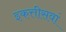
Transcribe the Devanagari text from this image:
इकत्तीसवां